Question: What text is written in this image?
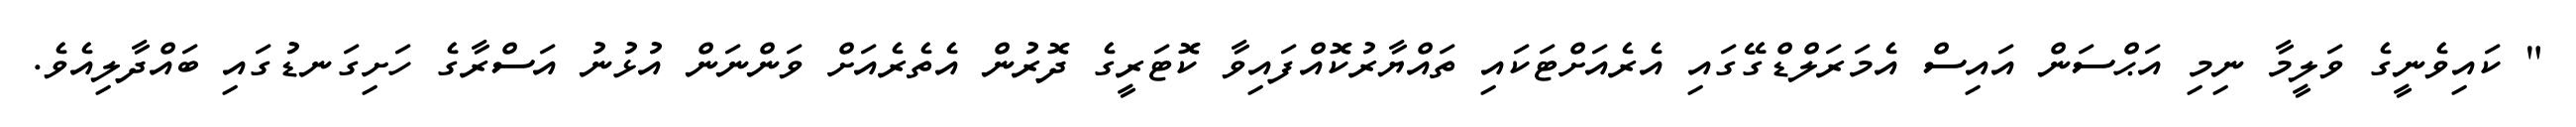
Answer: " ކައިވެނީގެ ވަލީމާ ނިމި އަޙްސަން އައިސް އެމަރަލްޑްގޭގައި އެރެއަށްޓަކައި ތައްޔާރުކޮއްފައިވާ ކޮޓަރީގެ ދޮރުން އެތެރެއަށް ވަންނަން އުޅުނު އަސްރާގެ ހަށިގަނޑުގައި ބައްދާލިއެވެ.